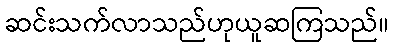
ဆင်းသက်လာသည်ဟုယူဆကြသည်။